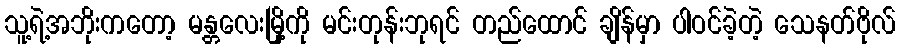
သူ့ရဲ့အဘိုးကတော့ မန္တလေးမြို့ကို မင်းတုန်းဘုရင် တည်ထောင် ချိန်မှာ ပါဝင်ခဲ့တဲ့ သေနတ်ဗိုလ်